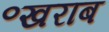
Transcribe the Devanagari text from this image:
॰खराब